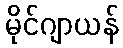
မိုင်ဂျာယန်